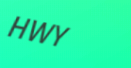
HWY